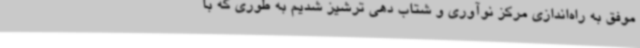
موفق به راه‌اندازی مرکز نوآوری و شتاب دهی ترشیز شدیم به‌ طوری که با